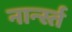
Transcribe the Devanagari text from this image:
नार्न्स्त